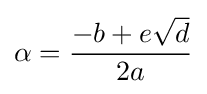
\alpha ={\frac {-b+e{\sqrt {d}}}{2a}}